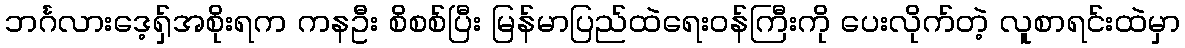
ဘင်္ဂလားဒေ့ရှ်အစိုးရက ကနဦး စိစစ်ပြီး မြန်မာပြည်ထဲရေးဝန်ကြီးကို ပေးလိုက်တဲ့ လူစာရင်းထဲမှာ